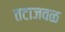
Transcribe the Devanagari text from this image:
तटाजवळ